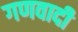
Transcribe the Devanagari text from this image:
गणवादी